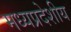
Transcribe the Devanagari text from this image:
मध्यप्रदेशीय